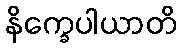
နိက္ခေပါယာတိ